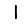
Digit: 1